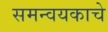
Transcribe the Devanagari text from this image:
समन्वयकाचे